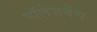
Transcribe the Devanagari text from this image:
नॉलेजबेंच